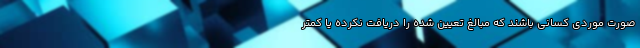
صورت موردی کسانی باشند که مبالغ تعیین شده را دریافت نکرده یا کمتر